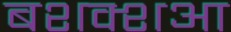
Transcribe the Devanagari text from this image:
बशक्शआ